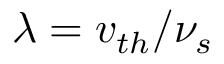
\lambda = v _ { t h } / \nu _ { s }